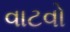
વાટવો